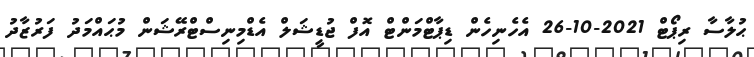
ޙުލާސާ ރިޕޯޓް 2021-10-26 އެހެނިހެން ޑިޕާޓްމަންޓް އޮފް ޖުޑީޝަލް އެޑްމިނިސްޓްރޭޝަން މުޙައްމަދު ފަރުޒާދު